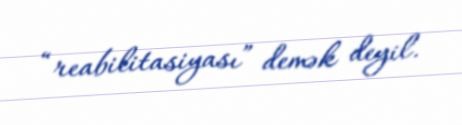
“reabilitasiyası” demək deyil.